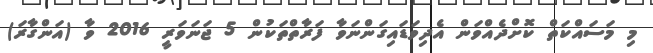
މި މަސައްކަތް ކޮށްދެއްވަން އެދިވަޑައިގަންނަވާ ފަރާތްތަކުން 5 ޖަނަވަރީ 2016 ވާ (އަންގާރަ)